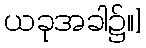
ယခုအခါ၌။]